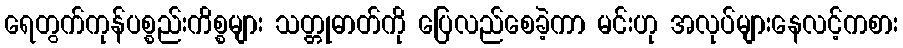
ရေတွက်ကုန်ပစ္စည်းကိစ္စများ သတ္တုဓာတ်ကို ပြေလည်စေခဲ့ကာ မင်းဟု အလုပ်များနေလင့်ကစား